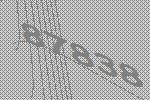
87838